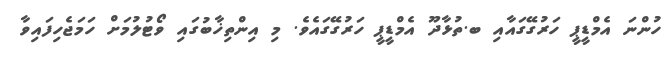
ހުންނަ އެމްޑީޕީ ހަރުގޭގައާއި ބ.ތުޅާދޫ އެމްޑީޕީ ހަރުގޭގައެވެ. މި އިންތިޚާބުގައި ވޯޓުލުމަށް ހަމަޖެހިފައިވާ